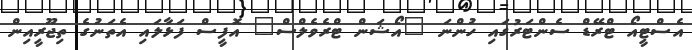
އެސްޓީއޯ ޓްރޭޑް ސެންޓަރުގައި ހުންނަ "އޯޝަން ޓްރެވެލްސް" އޮފީސް ފަޅާލައި އެތަނުގެ ތިޖޫރީއިން